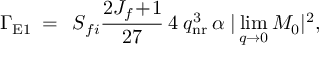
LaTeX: \Gamma _ { \mathrm { E 1 } } \: = \: \: { \cal S } _ { f i } \frac { 2 J _ { f } \! + \! 1 } { 2 7 } \: 4 \: q _ { \mathrm { n r } } ^ { 3 } \: \alpha \: | \operatorname * { l i m } _ { q \rightarrow 0 } { \cal M } _ { 0 } | ^ { 2 } ,